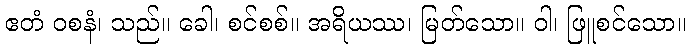
ဧတံ ဝစနံ၊ သည်။ ခေါ၊ စင်စစ်။ အရိယဿ၊ မြတ်သော။ ဝါ၊ ဖြူစင်သော။